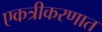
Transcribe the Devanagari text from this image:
एकत्रीकरणात